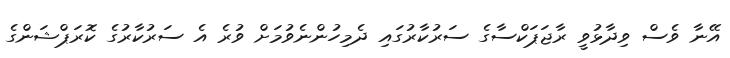
އޭނާ ވެސް ވިދާޅުވީ ރާޖަޕަކްސާގެ ސަރުކާރުގައި ދެމިހުންނެވުމަށް ވުރެ އެ ސަރުކާރުގެ ކޮރަޕްޝަންގެ